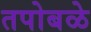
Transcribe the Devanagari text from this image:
तपोबळे